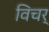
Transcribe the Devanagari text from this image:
विचर्